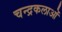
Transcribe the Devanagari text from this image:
चन्द्रकलाओं